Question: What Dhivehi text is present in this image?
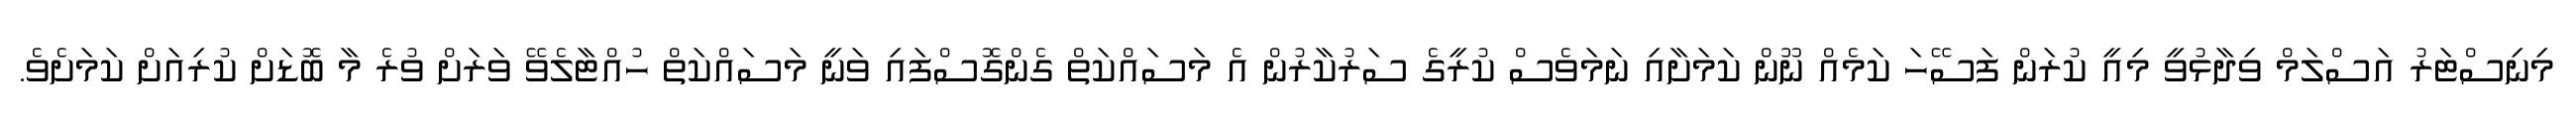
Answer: މިނިސްޓަރު އަސްލަމް ވިދާޅުވީ މިއީ ކުރަން ފަސޭހަ ކަމެއް ނޫން ކަމަށާއި ނަމަވެސް ކުރީގެ ސަރުކާރުން އެ މަސައްކަތް ގެންގޮސްފައި ވަނީ މަސައްކަތް ހުއްޓާލެވޭ ވަރަށް ވުރެ މާ ބޮޑަށް ކުރިއަށް ކަމަށެވެ.